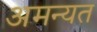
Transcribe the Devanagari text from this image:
अमन्यत